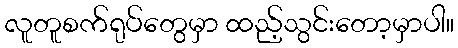
လူတူစက်ရုပ်တွေမှာ ထည့်သွင်းတော့မှာပါ။